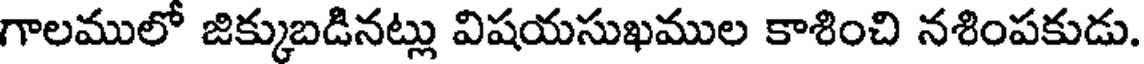
గాలములో జిక్కుబడినట్లు విషయసుఖముల కాశించి నశింపకుడు.